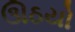
ઊઠયો